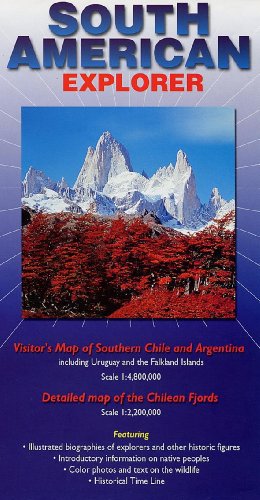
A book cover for South American Explorer: Visitor's Map of Southern Chile and Argentina Including the Chilean Fjords; Nigel Sitwell; Travel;